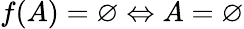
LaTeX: f(A)=\varnothing\Leftrightarrow A=\varnothing